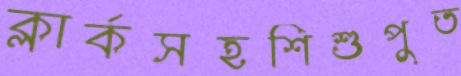
ক্লার্কসহশিশুপুত